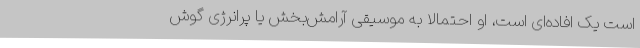
است یک افاده‌ای است، او احتمالاً به موسیقی آرامش‌بخش یا پرانرژی گوش